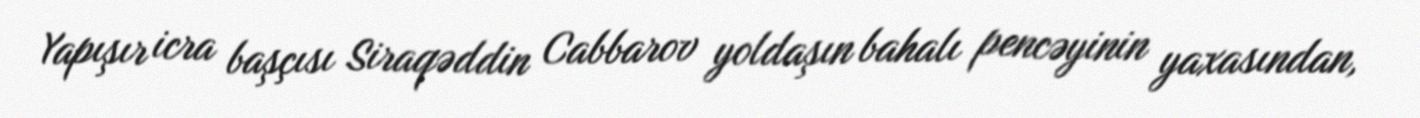
Yapışır icra başçısı Siraqəddin Cabbarov yoldaşın bahalı pencəyinin yaxasından,